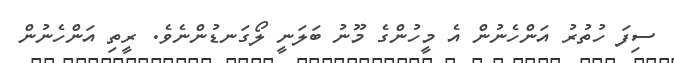
ސިފަ ހުތުރު އަންހެނުން އެ މީހުންގެ މޫނު ބަލަނީ ލޯގަނޑުންނެވެ. ރީތި އަންހެނުން